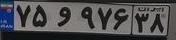
۷۵و۹۷۶۳۸